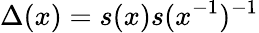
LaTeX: \Delta(x)=s(x)s(x^{-1})^{-1}